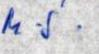
M S.